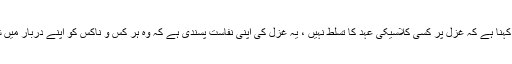
جبکہ دوسرے طبقہ کا یہ کہنا ہے کہ غزل پر کسی کلاسیکی عہد کا تسلط نہیں ، یہ غزل کی اپنی نفاست پسندی ہے کہ وہ ہر کس و ناکس کو اپنے دربار میں شرفِ باریابی نہیں بخشتی۔